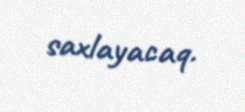
saxlayacaq.